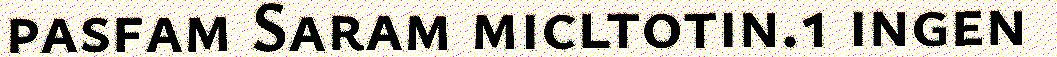
pasfam Saram micltotin.1 ingen